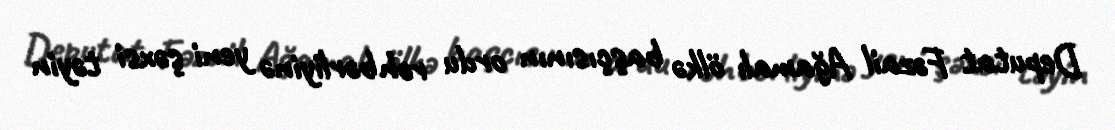
Deputat Fəzail Ağamalı ölkə başçısının ordu rəhbərliyinə yeni şəxsi təyin